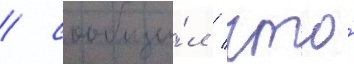
/ сообщи́л / что́